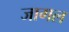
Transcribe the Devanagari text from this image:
जागल